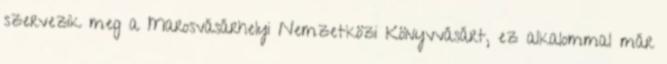
szervezik meg a Marosvásárhelyi Nemzetközi Könyvvásárt, ez alkalommal már